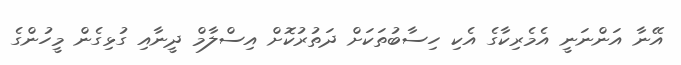
އޭނާ އަންނަނީ އެމެރިކާގެ އެކި ހިސާބުތަކަށް ދަތުރުކޮށް އިސްލާމް ދީނާއި ގުޅިގެން މީހުންގެ